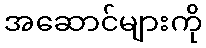
အဆောင်များကို